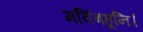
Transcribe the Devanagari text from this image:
मविंबहूनि।